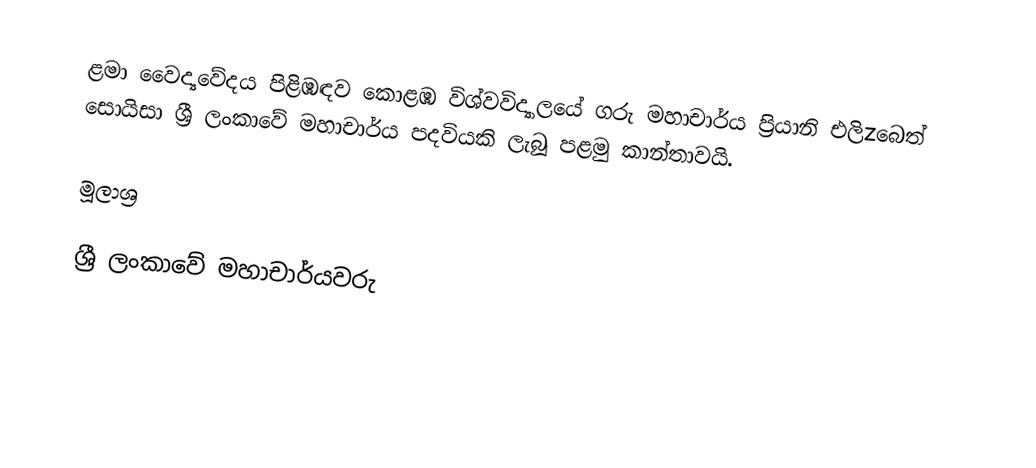
ළමා වෛද්‍යවේදය පිළිඹඳව කොළඹ විශ්වවිද්‍යාලයේ ගරු මහා‍චාර්ය  ප්‍රියානි එලිzබෙත් සොයිසා ශ්‍රී ලංකාවේ මහා‍චාර්ය පදවියකි ලැබූ පළමු කාන්තාවයි.

මූලාශ්‍ර

ශ්‍රී ලංකාවේ මහාචාර්යවරු